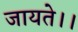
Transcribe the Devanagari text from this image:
जायते।।